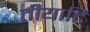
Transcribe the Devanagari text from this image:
तीयाटि